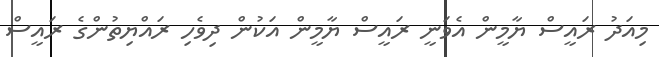
މިއަދު ރައީސް ޔާމީން އެވަނީ ރައީސް ޔާމީން އަކުން ދިވެހި ރައްޔިތުންގެ ރައީސް